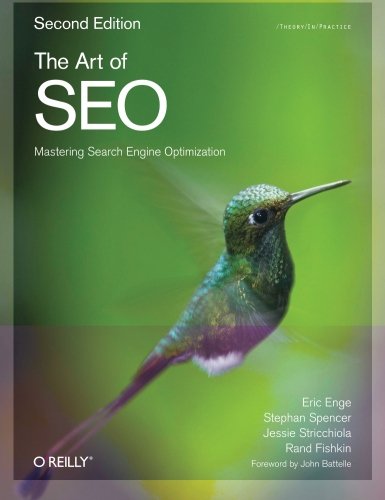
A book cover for The Art of SEO (Theory in Practice); Eric Enge; Computers & Technology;